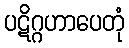
ပဋိဂ္ဂဟာပေတုံ